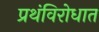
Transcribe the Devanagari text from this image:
प्रथंविरोधात